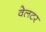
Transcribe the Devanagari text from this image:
वेलटर